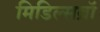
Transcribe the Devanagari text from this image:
मिडिल्सब्रॉ